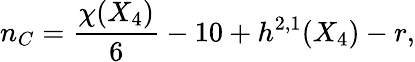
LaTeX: n_{C}={\frac{\chi(X_{4})}{6}}-10+h^{2,1}(X_{4})-r,